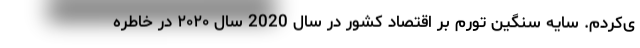
ی‌کردم. سایه سنگین تورم بر اقتصاد کشور در سال 2020 سال ۲۰۲۰ در خاطره